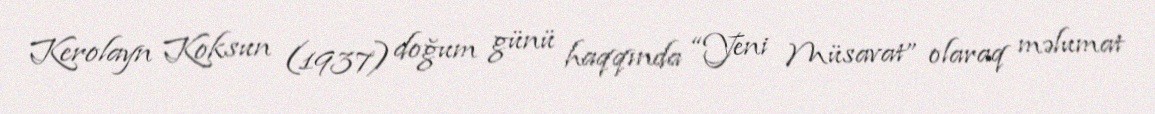
Kerolayn Koksun (1937) doğum günü haqqında “Yeni Müsavat” olaraq məlumat